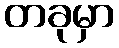
တခုမှာ